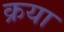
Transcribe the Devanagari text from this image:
क्रया